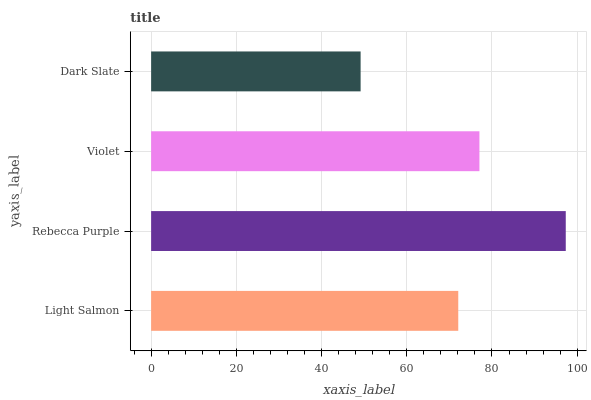
| yaxis_label | bars |
 | --- | --- |
 | Light Salmon | 72.1 |
 | Rebecca Purple | 97.3 |
 | Violet | 77.1 |
 | Dark Slate | 49.2 |